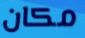
مكان